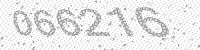
Solution: 066216